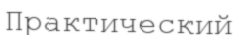
Практический